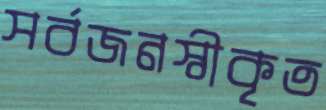
সর্বজনস্বীকৃত